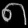
Digit: ၈